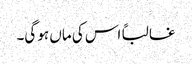
غالباً اس کی ماں ہو گی۔